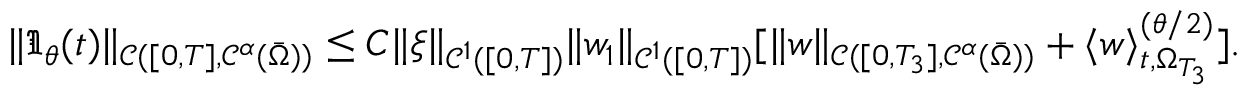
\| \mathfrak { I } _ { \theta } ( t ) \| _ { \mathcal { C } ( [ 0 , T ] , \mathcal { C } ^ { \alpha } ( \bar { \Omega } ) ) } \leq C \| \xi \| _ { \mathcal { C } ^ { 1 } ( [ 0 , T ] ) } \| w _ { 1 } \| _ { \mathcal { C } ^ { 1 } ( [ 0 , T ] ) } [ \| w \| _ { \mathcal { C } ( [ 0 , T _ { 3 } ] , \mathcal { C } ^ { \alpha } ( \bar { \Omega } ) ) } + \langle w \rangle _ { t , \Omega _ { T _ { 3 } } } ^ { ( \theta / 2 ) } ] .